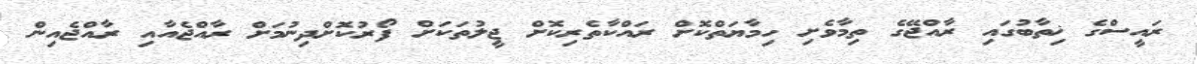
ރައީސްގެ ޚިތާބުގައި ރާއްޖޭގެ ތިމާވެށި ހިމާޔަތްކޮށް ރައްކާތެރިކޮށް ޖީލުތަކަށް ފޯރުކޮށްދިނުމަށް ރާއްޖެއާއި ރާއްޖެއިން